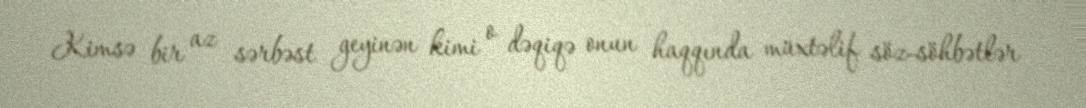
Kimsə bir az sərbəst geyinən kimi o dəqiqə onun haqqında müxtəlif söz-söhbətlər